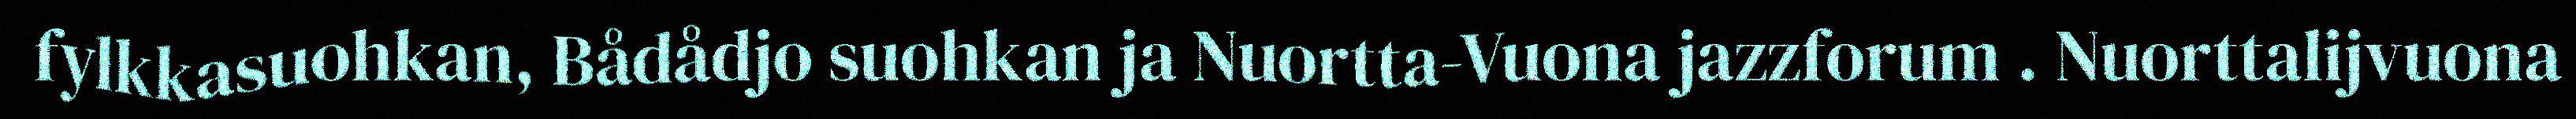
fylkkasuohkan, Bådådjo suohkan ja Nuortta-Vuona jazzforum . Nuorttalijvuona